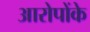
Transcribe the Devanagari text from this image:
आरोपोंके